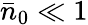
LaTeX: \bar{n}_{0}\ll 1